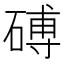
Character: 磗